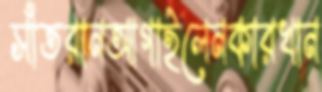
সাঁতরানআগাইলেনকারখান